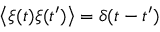
\left\langle \xi ( t ) \xi ( t ^ { \prime } ) \right\rangle = \delta ( t - t ^ { \prime } )